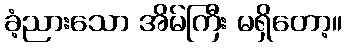
ခံ့ညားသော အိမ်ကြီး မရှိတော့။